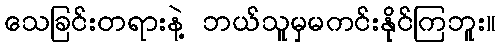
သေခြင်းတရားနဲ့ ဘယ်သူမှမကင်းနိုင်ကြဘူး။